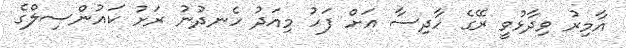
އާމިރު ވިދާޅުވީ ރޭގެ ހާދިސާ އަށް ފަހު މިއަދު ހެނދުނު ރަށު ކައުންސިލްގެ